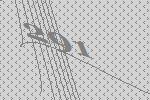
291